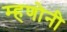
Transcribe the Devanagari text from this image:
म्हणोनी